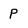
Character: P